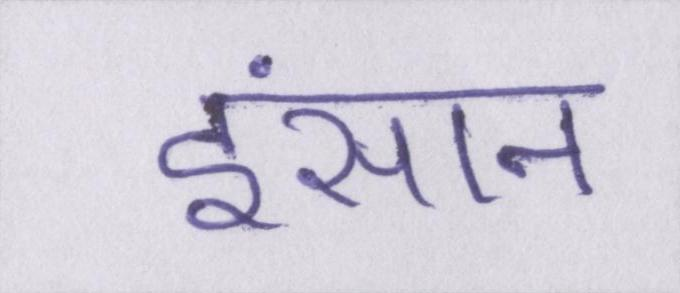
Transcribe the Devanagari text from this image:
इंसान